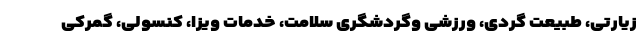
زیارتی، طبیعت گردی، ورزشی وگردشگری سلامت، خدمات ویزا، کنسولی، گمرکی